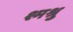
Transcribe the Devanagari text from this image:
श्मश्रु